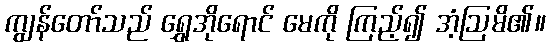
ကျွန်တော်သည် ရွှေအိုရောင် မေကို ကြည့်၍ အံ့ဩမိ၏။